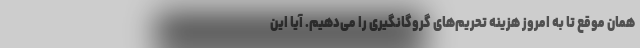
همان موقع تا به امروز هزینه تحریم‌های گروگانگیری را می‌دهیم. آیا این